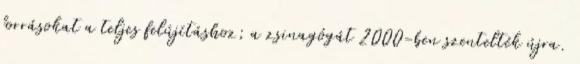
forrásokat a teljes felújításhoz; a zsinagógát 2000-ben szentelték újra.